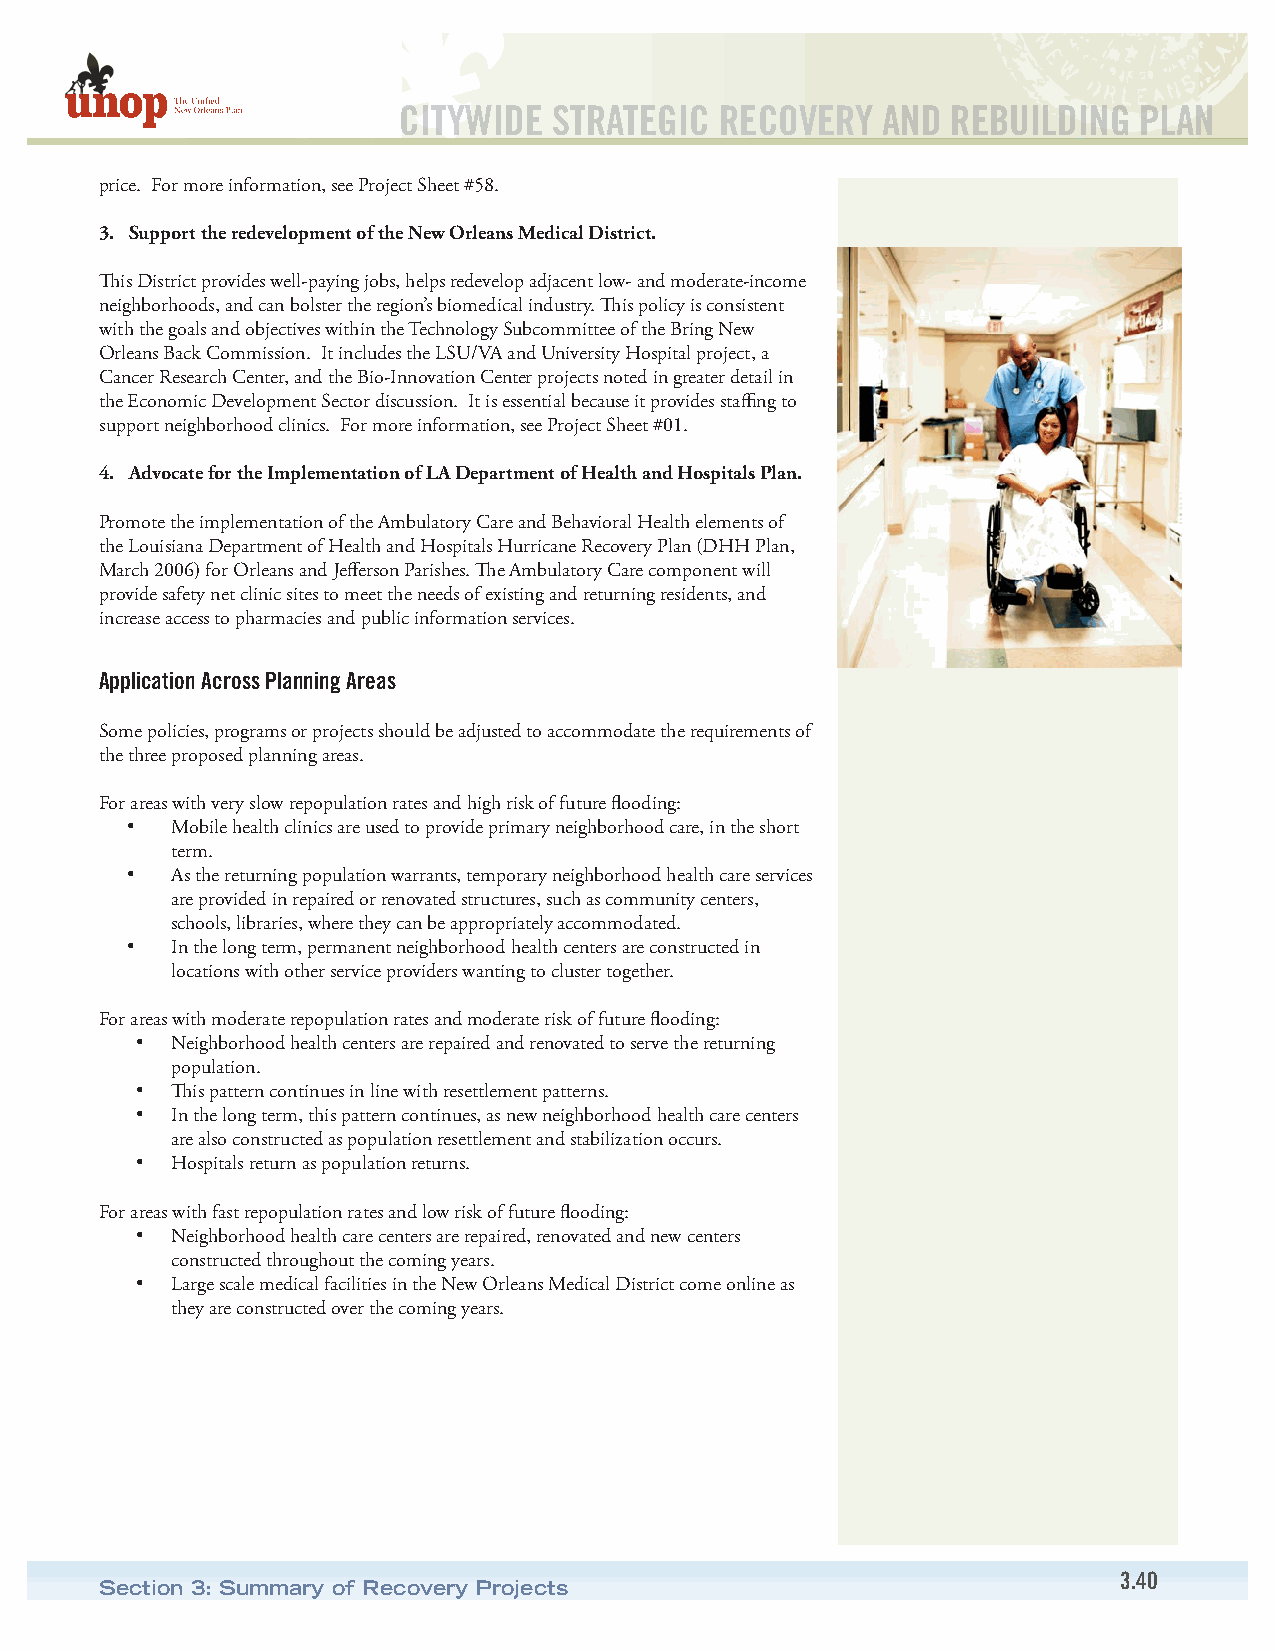
CITYWIDE   STRATEGIC  RECOVERY  AND  REBUILDING  PLAN
 price. For more information, see Project Sheet #58.
 3. Support the redevelopment of the New Orleans Medical District.
 This District provides well-paying jobs, helps redevelop adjacent low- and moderate-income
 neighborhoods, and can bolster the region’s biomedical industry. This policy is consistent
 with the goals and objectives within the Technology Subcommittee of the Bring New
 Orleans Back Commission. It includes the LSU/VA and University Hospital project, a
 Cancer Research Center, and the Bio-Innovation Center projects noted in greater detail in
 the Economic Development Sector discussion. It is essential because it provides staffing to
 support neighborhood clinics. For more information, see Project Sheet #01.
 4. Advocate for the Implementation of LA Department of Health and Hospitals Plan.
 Promote the implementation of the Ambulatory Care and Behavioral Health elements of
 the Louisiana Department of Health and Hospitals Hurricane Recovery Plan (DHH Plan,
 March 2006) for Orleans and Jefferson Parishes. The Ambulatory Care component will
 provide safety net clinic sites to meet the needs of existing and returning residents, and
 increase access to pharmacies and public information services.
 Application Across Planning Areas
 Some policies, programs or projects should be adjusted to accommodate the requirements of
 the three proposed planning areas.
 For areas with very slow repopulation rates and high risk of future flooding:
 •  Mobile health clinics are used to provide primary neighborhood care, in the short
 term.
 •  As the returning population warrants, temporary neighborhood health care services
 are provided in repaired or renovated structures, such as community centers,
 schools, libraries, where they can be appropriately accommodated.
 •  In the long term, permanent neighborhood health centers are constructed in
 locations with other service providers wanting to cluster together.
 For areas with moderate repopulation rates and moderate risk of future flooding:
 • Neighborhood health centers are repaired and renovated to serve the returning
 population.
 • This pattern continues in line with resettlement patterns.
 • In the long term, this pattern continues, as new neighborhood health care centers
 are also constructed as population resettlement and stabilization occurs.
 • Hospitals return as population returns.
 For areas with fast repopulation rates and low risk of future flooding:
 • Neighborhood health care centers are repaired, renovated and new centers
 constructed throughout the coming years.
 • Large scale medical facilities in the New Orleans Medical District come online as
 they are constructed over the coming years.
 3.40
 Section 3: Summary of Recovery Projects